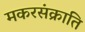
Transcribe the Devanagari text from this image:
मकरसंक्राति